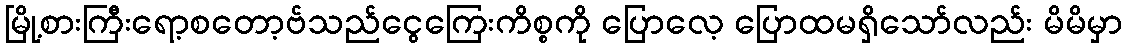
မြို့စားကြီးရော့စတော့ဗ်သည်ငွေကြေးကိစ္စကို ပြောလေ့ ပြောထမရှိသော်လည်း မိမိမှာ